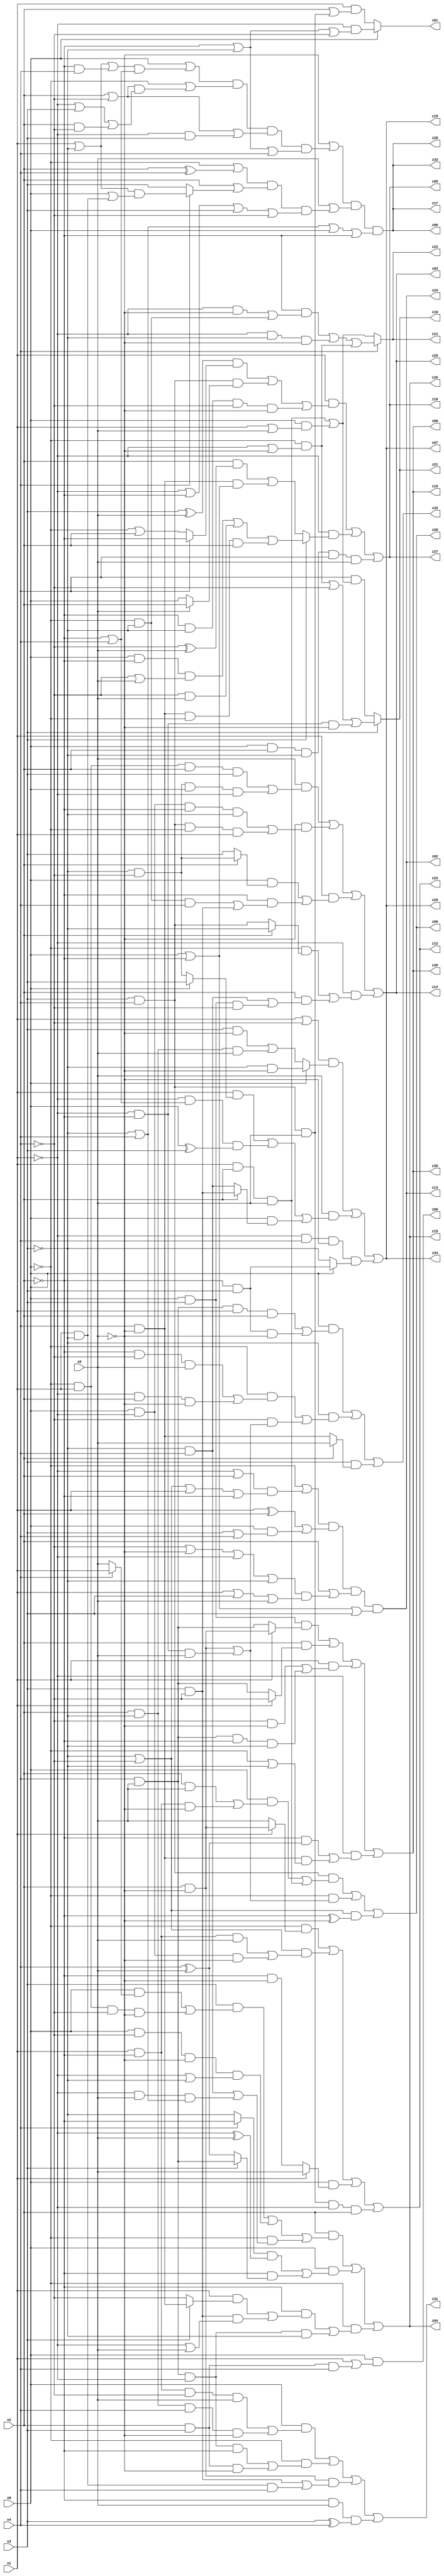
// Benchmark "q_5" written by ABC on Fri Jul 07 00:08:00 2023

module q_5 ( 
    x0, x1, x2, x3, x4, x5,
    z00, z01, z02, z03, z04, z05, z06, z07, z08, z09, z10, z11, z12, z13,
    z14, z15, z16, z17, z18, z19, z20, z21, z22, z23, z24, z25, z26, z27,
    z28, z29, z30, z31, z32, z33, z34, z35  );
  input  x0, x1, x2, x3, x4, x5;
  output z00, z01, z02, z03, z04, z05, z06, z07, z08, z09, z10, z11, z12, z13,
    z14, z15, z16, z17, z18, z19, z20, z21, z22, z23, z24, z25, z26, z27,
    z28, z29, z30, z31, z32, z33, z34, z35;
  assign z00 = x0 & (x1 | (x2 & x3 & x4));
  assign z01 = x0 ? (~x1 & (~x2 | ~x3 | ~x4)) : (x1 & (x2 | (x3 & x4 & x5)));
  assign z02 = (~x0 | ((~x1 | x2) & (~x3 | ~x4 | x1 | ~x2))) & ((x1 ^ x2) | (x0 & (x3 | x4))) & (x2 | ((~x4 | ~x5 | ~x1 | ~x3) & (x1 | x3 | x5))) & (x0 | ~x2 | x3);
  assign z03 = (x5 & ((~x0 & x1 & x2 & x3) | (~x3 & ~x4 & x0 & ~x1))) | (~x5 & ((x0 & ~x1 & ~x2 & ~x3) | (x3 & x4 & ~x0 & x1))) | (x1 & ((x0 & (x2 ? (~x3 & ~x4) : x3)) | (~x2 & ((~x0 & ~x3 & x4) | (x3 & ~x4))))) | (~x1 & ((~x0 & (x2 ? ~x3 : (x3 & x4))) | (x2 & ((~x3 & x4) | (x0 & x3 & ~x4)))));
  assign z04 = (x2 & ((x3 & ((x0 & (x4 ? x1 : x5)) | (~x0 & x1 & ~x4 & ~x5))) | (x0 & ~x4 & ~x5 & (~x1 | ~x3)) | (~x0 & ((~x3 & x4) | (~x1 & x5 & (~x3 | x4)))))) | (x0 & (((x4 ? ~x2 : ~x3) & (~x1 ^ x5)) | (~x2 & (x3 ? (x4 & x5) : (x4 ^ x5))))) | (~x0 & ((~x2 & ((x1 & (x3 ? (x4 & ~x5) : ~x4)) | (x3 & ~x4 & (~x1 | x5)))) | (x4 & x5 & ~x1 & ~x3)));
  assign z05 = (x1 & (((x3 ^ x5) & (x4 ? ~x2 : (~x0 | x2))) | (x3 & x4 & (x5 ? x2 : x0)) | (~x2 & ~x3 & ~x4 & ~x5))) | (~x1 & (x3 ? ((x0 & ~x2 & (~x4 | x5)) | (~x4 & x5) | (x4 & ~x5 & ~x0 & x2)) : ((x2 & (~x4 ^ x5)) | (x4 & ~x5 & (x0 | ~x2))))) | (x0 & x2 & ~x3 & x4 & x5);
  assign z06 = (~x5 | ((x0 | ((x1 | ~x3 | (~x2 & x4)) & (~x2 | x4))) & (~x0 | ((x2 | ~x4) & (~x1 | x3 | (x2 & ~x4)))) & (x2 | ~x4 | (~x1 & x3)) & (~x2 | ~x3 | x4))) & (x5 | ((~x0 | (x2 ^ x4)) & (x2 | (x4 ? ((x1 | ~x3) & (x0 | (x1 & ~x3))) : x3)) & (~x1 | ~x2 | x3 | ~x4))) & (~x3 | x4 | x0 | ~x2);
  assign z07 = ((x1 | ~x4) & (x0 ? (~x3 & ~x5) : ((x3 & ~x5) | (x2 & ~x3 & x5)))) | (x5 & ((x1 & (x0 ? x3 : (~x3 & ~x4))) | (~x1 & (~x2 | x4) & (x0 ^ x3)) | (x0 & (x2 ? (x3 & ~x4) : (~x3 & x4))))) | (~x1 & x4 & ~x5 & (x0 ? (~x2 & x3) : ~x3));
  assign z08 = (x0 & x3 & (x1 ? (x2 & ~x5) : (x4 & x5))) | (x2 & (x1 ? ~x4 : (x4 & x5))) | (x1 & ((~x4 & ~x5) | (x4 & x5 & ~x2 & ~x3))) | (~x1 & ((~x2 & (x4 ^ x5)) | (x4 & ~x5 & (~x0 | ~x3))));
  assign z09 = (x3 & x4 & ((x0 & ((x2 & x5) | (x1 & ~x2 & ~x5))) | (x1 & x2 & x5))) | (~x0 & ((x2 & ~x5) | (~x1 & ~x2 & x5))) | ((~x3 | ~x4) & (~x2 ^ ~x5));
  assign z10 = x3 ? ((~x0 & (~x1 | ~x5)) | ~x4 | (~x1 & ~x2 & ~x5)) : (x4 & ((x1 & x2 & x5) | (x0 & (x1 | x5))));
  assign z11 = x4 ? ((~x2 & ((~x1 & ~x5) | (~x0 & ~x3))) | (~x1 & ~x3 & ~x5) | (~x0 & (~x1 | ~x5))) : ((x1 & x2 & x5) | (x0 & (x1 | x5)));
  assign z12 = (~x0 & (x1 ? (x2 & ~x5) : x5)) | ((~x3 | ~x4) & ((x1 & ~x2 & x5) | (x0 & ~x1 & ~x5))) | (x0 & (x1 ? x5 : (~x2 & ~x5))) | (x3 & x4 & x5 & ~x1 & x2);
  assign z31 = (x0 & ((x1 & ~x2 & ~x4 & x5) | (x2 & ~x3 & x4 & ~x5))) | (~x0 & ((x4 & x5 & ~x1 & ~x2) | (x2 & x3 & ~x5))) | (x2 & ~x5 & ((x3 & ~x4) | (x1 & ~x3 & x4))) | (~x2 & x5 & (x3 ^ x4));
  assign z32 = (x0 & ((x4 & x5 & x1 & x2) | (~x2 & x3 & ~x5))) | (~x3 & ((~x0 & ((~x2 & ~x4 & x5) | (~x1 & x2 & ~x5))) | (~x4 & ((x2 & ~x5) | (~x1 & ~x2 & x5))))) | (x3 & (x2 ? x5 : (x4 & ~x5)));
  assign z13 = (~x0 | ((~x1 | x2) & (~x3 | ~x4 | x1 | ~x2))) & ((x1 ^ x2) | (x0 & (x3 | x4))) & (x2 | ((~x4 | ~x5 | ~x1 | ~x3) & (x1 | x3 | x5))) & (x0 | ~x2 | x3);
  assign z14 = (x5 & ((~x0 & x1 & x2 & x3) | (~x3 & ~x4 & x0 & ~x1))) | (~x5 & ((x0 & ~x1 & ~x2 & ~x3) | (x3 & x4 & ~x0 & x1))) | (x1 & ((x0 & (x2 ? (~x3 & ~x4) : x3)) | (~x2 & ((~x0 & ~x3 & x4) | (x3 & ~x4))))) | (~x1 & ((~x0 & (x2 ? ~x3 : (x3 & x4))) | (x2 & ((~x3 & x4) | (x0 & x3 & ~x4)))));
  assign z15 = (x2 & ((x3 & ((x0 & (x4 ? x1 : x5)) | (~x0 & x1 & ~x4 & ~x5))) | (x0 & ~x4 & ~x5 & (~x1 | ~x3)) | (~x0 & ((~x3 & x4) | (~x1 & x5 & (~x3 | x4)))))) | (x0 & (((x4 ? ~x2 : ~x3) & (~x1 ^ x5)) | (~x2 & (x3 ? (x4 & x5) : (x4 ^ x5))))) | (~x0 & ((~x2 & ((x1 & (x3 ? (x4 & ~x5) : ~x4)) | (x3 & ~x4 & (~x1 | x5)))) | (x4 & x5 & ~x1 & ~x3)));
  assign z16 = (x1 & (((x3 ^ x5) & (x4 ? ~x2 : (~x0 | x2))) | (x3 & x4 & (x5 ? x2 : x0)) | (~x2 & ~x3 & ~x4 & ~x5))) | (~x1 & (x3 ? ((x0 & ~x2 & (~x4 | x5)) | (~x4 & x5) | (x4 & ~x5 & ~x0 & x2)) : ((x2 & (~x4 ^ x5)) | (x4 & ~x5 & (x0 | ~x2))))) | (x0 & x2 & ~x3 & x4 & x5);
  assign z17 = (~x5 | ((x0 | ((x1 | ~x3 | (~x2 & x4)) & (~x2 | x4))) & (~x0 | ((x2 | ~x4) & (~x1 | x3 | (x2 & ~x4)))) & (x2 | ~x4 | (~x1 & x3)) & (~x2 | ~x3 | x4))) & (x5 | ((~x0 | (x2 ^ x4)) & (x2 | (x4 ? ((x1 | ~x3) & (x0 | (x1 & ~x3))) : x3)) & (~x1 | ~x2 | x3 | ~x4))) & (~x3 | x4 | x0 | ~x2);
  assign z18 = ((x1 | ~x4) & (x0 ? (~x3 & ~x5) : ((x3 & ~x5) | (x2 & ~x3 & x5)))) | (x5 & ((x1 & (x0 ? x3 : (~x3 & ~x4))) | (~x1 & (~x2 | x4) & (x0 ^ x3)) | (x0 & (x2 ? (x3 & ~x4) : (~x3 & x4))))) | (~x1 & x4 & ~x5 & (x0 ? (~x2 & x3) : ~x3));
  assign z19 = (x0 & x3 & (x1 ? (x2 & ~x5) : (x4 & x5))) | (x2 & (x1 ? ~x4 : (x4 & x5))) | (x1 & ((~x4 & ~x5) | (x4 & x5 & ~x2 & ~x3))) | (~x1 & ((~x2 & (x4 ^ x5)) | (x4 & ~x5 & (~x0 | ~x3))));
  assign z20 = (x3 & x4 & ((x0 & ((x2 & x5) | (x1 & ~x2 & ~x5))) | (x1 & x2 & x5))) | (~x0 & ((x2 & ~x5) | (~x1 & ~x2 & x5))) | ((~x3 | ~x4) & (~x2 ^ ~x5));
  assign z21 = x3 ? ((~x0 & (~x1 | ~x5)) | ~x4 | (~x1 & ~x2 & ~x5)) : (x4 & ((x1 & x2 & x5) | (x0 & (x1 | x5))));
  assign z22 = x4 ? ((~x2 & ((~x1 & ~x5) | (~x0 & ~x3))) | (~x1 & ~x3 & ~x5) | (~x0 & (~x1 | ~x5))) : ((x1 & x2 & x5) | (x0 & (x1 | x5)));
  assign z23 = (~x0 & (x1 ? (x2 & ~x5) : x5)) | ((~x3 | ~x4) & ((x1 & ~x2 & x5) | (x0 & ~x1 & ~x5))) | (x0 & (x1 ? x5 : (~x2 & ~x5))) | (x3 & x4 & x5 & ~x1 & x2);
  assign z24 = (~x0 | ((~x1 | x2) & (~x3 | ~x4 | x1 | ~x2))) & ((x1 ^ x2) | (x0 & (x3 | x4))) & (x2 | ((~x4 | ~x5 | ~x1 | ~x3) & (x1 | x3 | x5))) & (x0 | ~x2 | x3);
  assign z25 = (x5 & ((~x0 & x1 & x2 & x3) | (~x3 & ~x4 & x0 & ~x1))) | (~x5 & ((x0 & ~x1 & ~x2 & ~x3) | (x3 & x4 & ~x0 & x1))) | (x1 & ((x0 & (x2 ? (~x3 & ~x4) : x3)) | (~x2 & ((~x0 & ~x3 & x4) | (x3 & ~x4))))) | (~x1 & ((~x0 & (x2 ? ~x3 : (x3 & x4))) | (x2 & ((~x3 & x4) | (x0 & x3 & ~x4)))));
  assign z26 = (x2 & ((x3 & ((x0 & (x4 ? x1 : x5)) | (~x0 & x1 & ~x4 & ~x5))) | (x0 & ~x4 & ~x5 & (~x1 | ~x3)) | (~x0 & ((~x3 & x4) | (~x1 & x5 & (~x3 | x4)))))) | (x0 & (((x4 ? ~x2 : ~x3) & (~x1 ^ x5)) | (~x2 & (x3 ? (x4 & x5) : (x4 ^ x5))))) | (~x0 & ((~x2 & ((x1 & (x3 ? (x4 & ~x5) : ~x4)) | (x3 & ~x4 & (~x1 | x5)))) | (x4 & x5 & ~x1 & ~x3)));
  assign z27 = (x1 & (((x3 ^ x5) & (x4 ? ~x2 : (~x0 | x2))) | (x3 & x4 & (x5 ? x2 : x0)) | (~x2 & ~x3 & ~x4 & ~x5))) | (~x1 & (x3 ? ((x0 & ~x2 & (~x4 | x5)) | (~x4 & x5) | (x4 & ~x5 & ~x0 & x2)) : ((x2 & (~x4 ^ x5)) | (x4 & ~x5 & (x0 | ~x2))))) | (x0 & x2 & ~x3 & x4 & x5);
  assign z28 = (~x5 | ((x0 | ((x1 | ~x3 | (~x2 & x4)) & (~x2 | x4))) & (~x0 | ((x2 | ~x4) & (~x1 | x3 | (x2 & ~x4)))) & (x2 | ~x4 | (~x1 & x3)) & (~x2 | ~x3 | x4))) & (x5 | ((~x0 | (x2 ^ x4)) & (x2 | (x4 ? ((x1 | ~x3) & (x0 | (x1 & ~x3))) : x3)) & (~x1 | ~x2 | x3 | ~x4))) & (~x3 | x4 | x0 | ~x2);
  assign z29 = ((x1 | ~x4) & (x0 ? (~x3 & ~x5) : ((x3 & ~x5) | (x2 & ~x3 & x5)))) | (x5 & ((x1 & (x0 ? x3 : (~x3 & ~x4))) | (~x1 & (~x2 | x4) & (x0 ^ x3)) | (x0 & (x2 ? (x3 & ~x4) : (~x3 & x4))))) | (~x1 & x4 & ~x5 & (x0 ? (~x2 & x3) : ~x3));
  assign z30 = (x0 & x3 & (x1 ? (x2 & ~x5) : (x4 & x5))) | (x2 & (x1 ? ~x4 : (x4 & x5))) | (x1 & ((~x4 & ~x5) | (x4 & x5 & ~x2 & ~x3))) | (~x1 & ((~x2 & (x4 ^ x5)) | (x4 & ~x5 & (~x0 | ~x3))));
  assign z33 = (~x5 | ((x0 | ((x1 | ~x3 | (~x2 & x4)) & (~x2 | x4))) & (~x0 | ((x2 | ~x4) & (~x1 | x3 | (x2 & ~x4)))) & (x2 | ~x4 | (~x1 & x3)) & (~x2 | ~x3 | x4))) & (x5 | ((~x0 | (x2 ^ x4)) & (x2 | (x4 ? ((x1 | ~x3) & (x0 | (x1 & ~x3))) : x3)) & (~x1 | ~x2 | x3 | ~x4))) & (~x3 | x4 | x0 | ~x2);
  assign z34 = ((x1 | ~x4) & (x0 ? (~x3 & ~x5) : ((x3 & ~x5) | (x2 & ~x3 & x5)))) | (x5 & ((x1 & (x0 ? x3 : (~x3 & ~x4))) | (~x1 & (~x2 | x4) & (x0 ^ x3)) | (x0 & (x2 ? (x3 & ~x4) : (~x3 & x4))))) | (~x1 & x4 & ~x5 & (x0 ? (~x2 & x3) : ~x3));
  assign z35 = (x0 & x3 & (x1 ? (x2 & ~x5) : (x4 & x5))) | (x2 & (x1 ? ~x4 : (x4 & x5))) | (x1 & ((~x4 & ~x5) | (x4 & x5 & ~x2 & ~x3))) | (~x1 & ((~x2 & (x4 ^ x5)) | (x4 & ~x5 & (~x0 | ~x3))));
endmodule